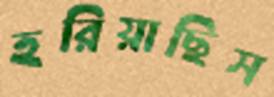
হরিয়াছিস